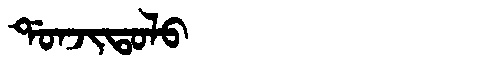
Manchu: ᡩᠣᠨᠵᡳᡨᠣᠯᠣ
Romanization: DONJITOLO